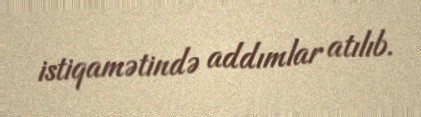
istiqamətində addımlar atılıb.